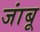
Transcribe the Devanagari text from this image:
जांबू